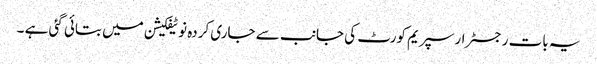
یہ بات رجسٹرار سپریم کورٹ کی جانب سے جاری کردہ نوٹیفکیشن میں بتائی گئی ہے ۔